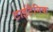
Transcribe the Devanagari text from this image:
टाईटैनिक